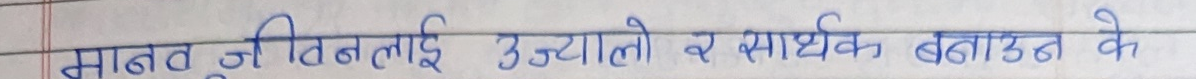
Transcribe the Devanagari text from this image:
साबुत जीवनलाई उज्यालो र सार्थक बनाउन के